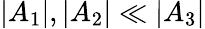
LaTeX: |A_{1}|,|A_{2}|\ll|A_{3}|